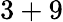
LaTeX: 3+9